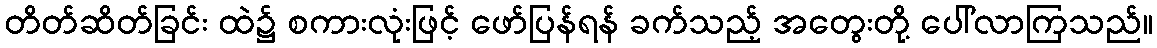
တိတ်ဆိတ်ခြင်း ထဲ၌ စကားလုံးဖြင့် ဖော်ပြန်ရန် ခက်သည့် အတွေးတို့ ပေါ်လာကြသည်။